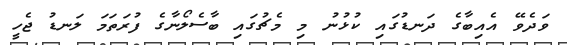
ވަދެވޭ އެއިބާގެ ދަނޑުގައި ކުޅުނު މި މެޗުގައި ބާސެލޯނާގެ ފުރަތަމަ ލަނޑު ޖެހީ